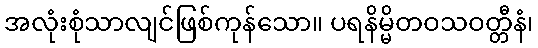
အလုံးစုံသာလျင်ဖြစ်ကုန်သော။ ပရနိမ္မိတဝသဝတ္တီနံ၊